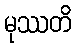
မုဿတိ